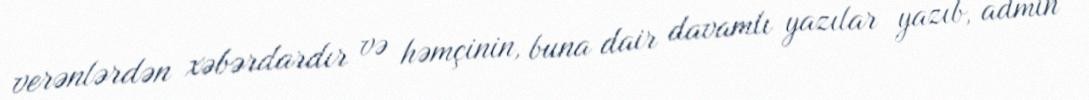
verənlərdən xəbərdardır və həmçinin, buna dair davamlı yazılar yazıb, admin